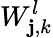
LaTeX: {W}_{\mathbf{j},k}^{l}